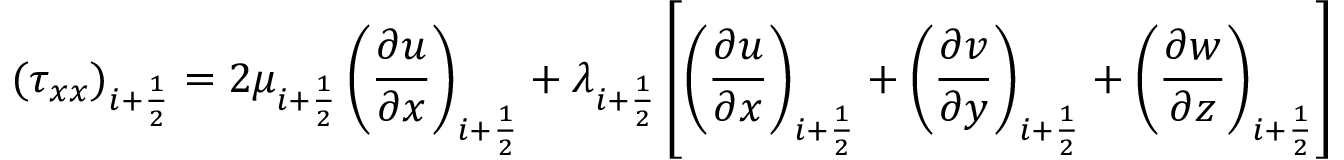
( \tau _ { x x } ) _ { i + \frac { 1 } { 2 } } = 2 \mu _ { i + \frac { 1 } { 2 } } \left( \frac { \partial u } { \partial x } \right) _ { i + \frac { 1 } { 2 } } + \lambda _ { i + \frac { 1 } { 2 } } \left[ \left( \frac { \partial u } { \partial x } \right) _ { i + \frac { 1 } { 2 } } + \left( \frac { \partial v } { \partial y } \right) _ { i + \frac { 1 } { 2 } } + \left( \frac { \partial w } { \partial z } \right) _ { i + \frac { 1 } { 2 } } \right]